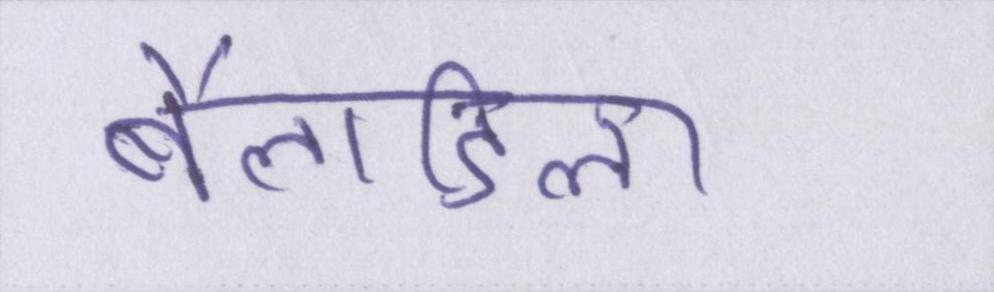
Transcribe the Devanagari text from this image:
बैलाडिला